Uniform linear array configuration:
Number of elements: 32
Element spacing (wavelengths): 0.75
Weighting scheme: uniform
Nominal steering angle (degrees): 45
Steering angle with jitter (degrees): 44.34
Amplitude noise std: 0.05
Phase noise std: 0.05

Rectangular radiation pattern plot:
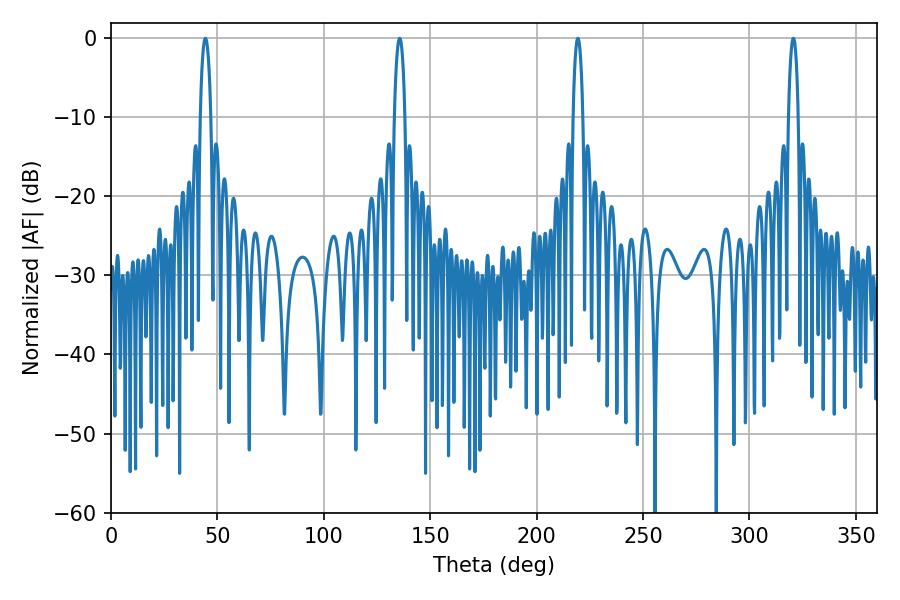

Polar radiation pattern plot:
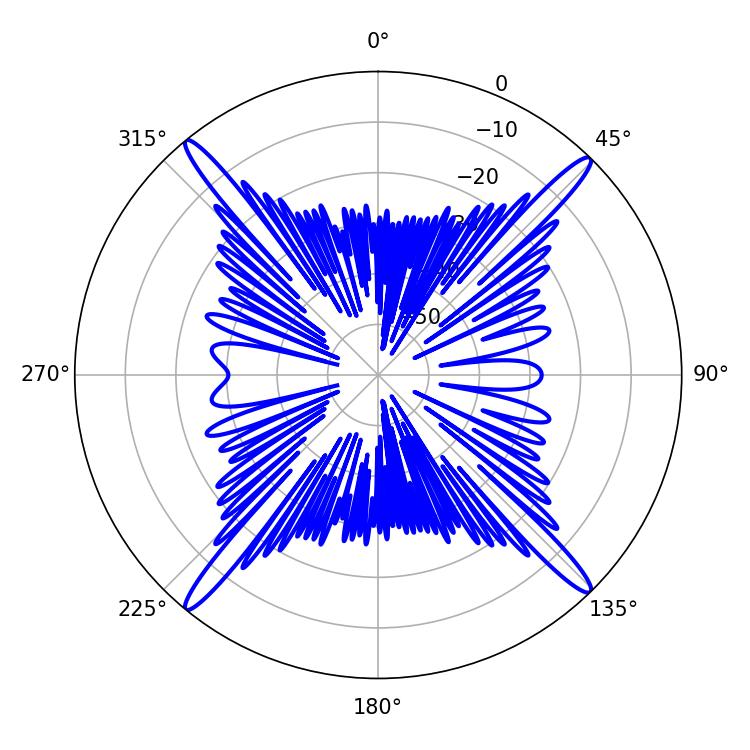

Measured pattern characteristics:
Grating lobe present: TRUE
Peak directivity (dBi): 22.026
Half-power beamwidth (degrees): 2.52
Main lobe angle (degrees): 219.42